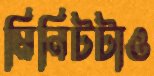
মিনিটটাও